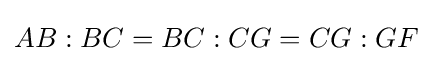
AB:BC=BC:CG=CG:GF